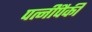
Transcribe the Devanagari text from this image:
पत्‍नींपैकी